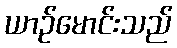
ယာဉ်မောင်းသည်